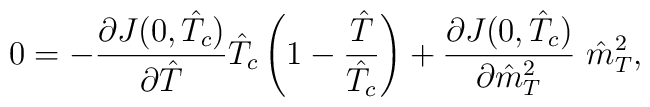
0 = -\frac{\partial J(0, \hat{T}_c)}{\partial \hat{T}}  \hat{T}_c \left(1 - \frac{\hat{T}}{\hat{T}_c} \right)  + \frac{\partial J(0, \hat{T}_c)}{\partial  \hat{m}^2_T}~\hat{m}^2_T,